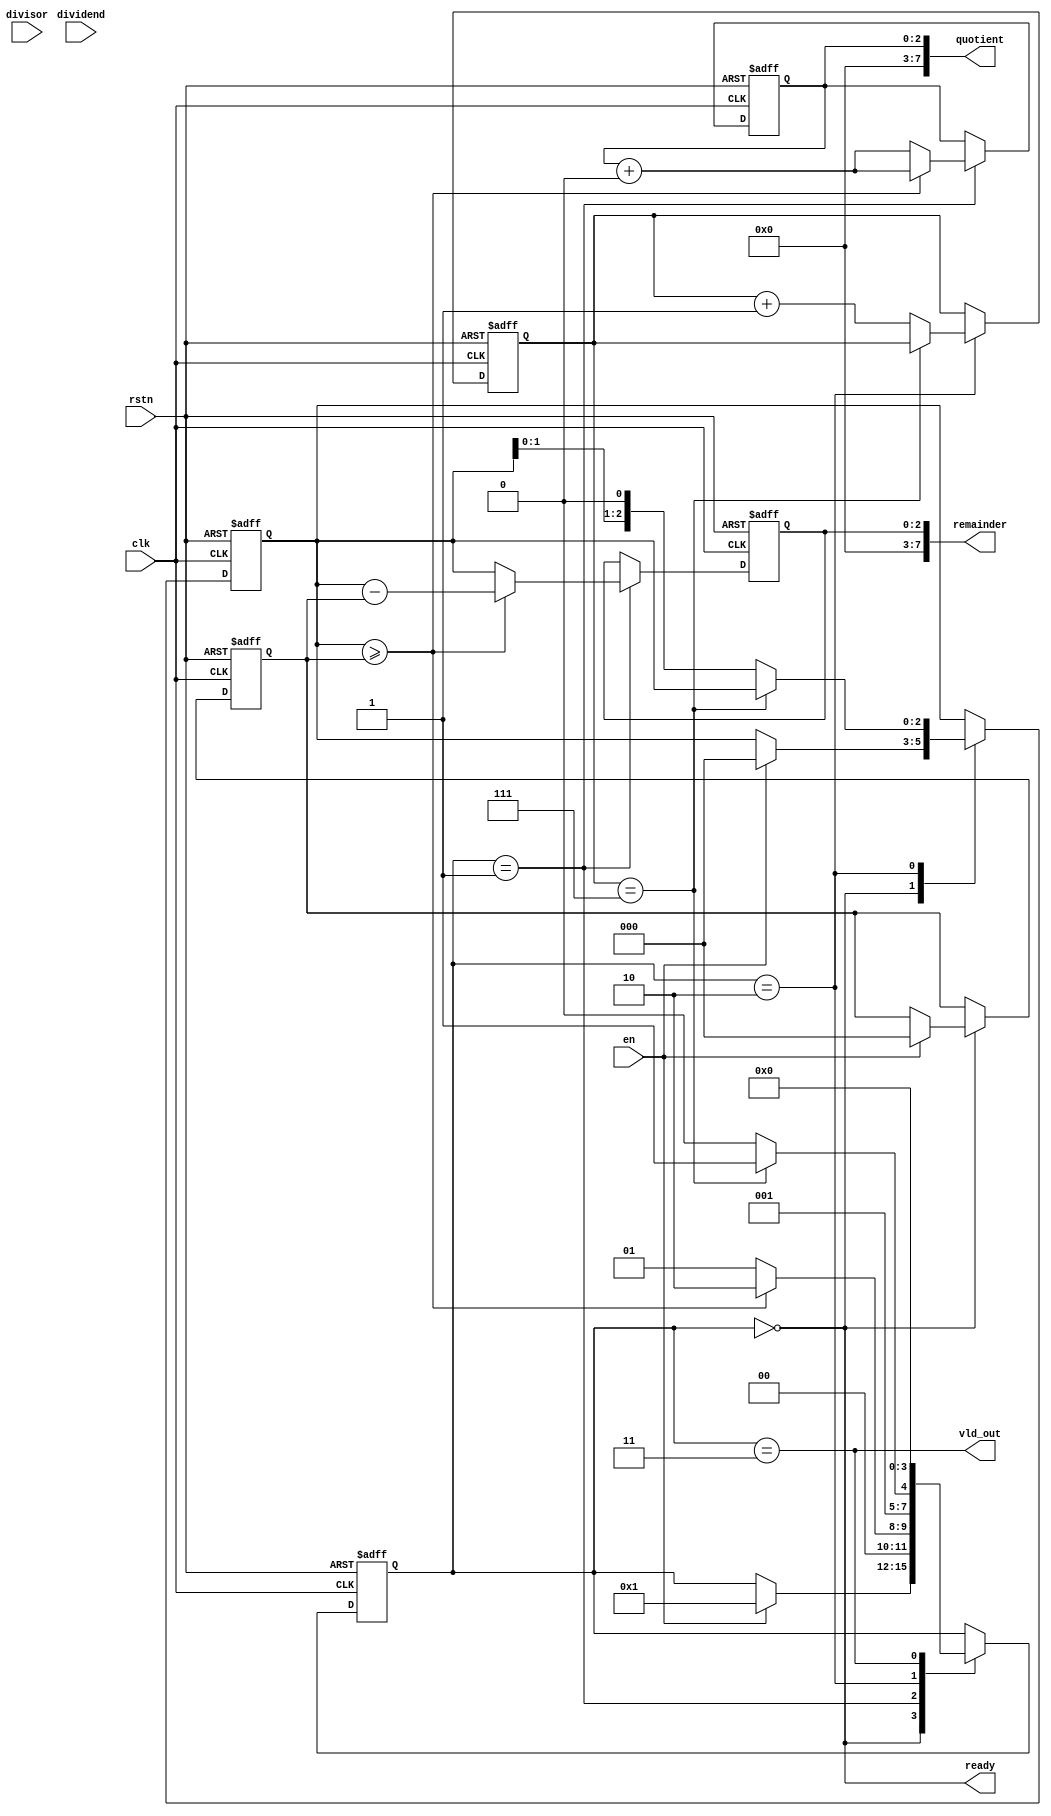
module radix2_div #(
  parameter DATAWIDTH = 8
)(
  input wire clk,
  input wire rstn,
  input wire en,
  input wire [DATAWIDTH-1:0] dividend,
  input wire [DATAWIDTH-1:0] divisor,
  output wire ready,
  output wire [DATAWIDTH-1:0] quotient,
  output wire [DATAWIDTH-1:0] remainder,
  output wire vld_out
);

  localparam LOG2_DATAWIDTH = $clog2(DATAWIDTH);
  
  reg [LOG2_DATAWIDTH:0] current_state;
  reg [LOG2_DATAWIDTH-1:0] dividend_e;
  reg [LOG2_DATAWIDTH-1:0] divisor_e;
  reg [LOG2_DATAWIDTH-1:0] quotient_e;
  reg [LOG2_DATAWIDTH-1:0] remainder_e;
  reg [LOG2_DATAWIDTH-1:0] count;
  
  always @(posedge clk or negedge rstn) begin
    if (~rstn) begin
      // Reset condition
      current_state <= 0;
      dividend_e <= 0;
      divisor_e <= 0;
      quotient_e <= 0;
      remainder_e <= 0;
      count <= 0;
    end
    else begin
      // State transition logic
      case (current_state)
        0: begin // IDLE
          if (en) begin
            current_state <= 1; // Transition to SUB state
            dividend_e <= {dividend, {LOG2_DATAWIDTH{1'b0}}}; // Extend dividend
            divisor_e <= {divisor, {LOG2_DATAWIDTH{1'b0}}}; // Extend divisor
          end
        end
        1: begin // SUB
          if (dividend_e >= divisor_e) begin
            current_state <= 2; // Transition to SHIFT state
            quotient_e <= quotient_e + {1'b1, {LOG2_DATAWIDTH{1'b0}}}; // Increment quotient
            remainder_e <= dividend_e - divisor_e; // Calculate remainder
          end
          else begin
            current_state <= 1; // Stay in SUB state
            quotient_e <= quotient_e + {1'b0, {LOG2_DATAWIDTH{1'b0}}}; // Append 0 to quotient
            remainder_e <= dividend_e; // Remainder remains the same
          end
        end
        2: begin // SHIFT
          if (count == (DATAWIDTH - 1)) begin
            current_state <= 3; // Transition to DONE state
          end
          else begin
            current_state <= 2; // Stay in SHIFT state
            dividend_e <= dividend_e << 1; // Shift dividend left
            count <= count + 1; // Increment count
          end
        end
        3: begin // DONE
          current_state <= 0; // Transition back to IDLE state
        end
      endcase
    end
  end
  
  assign ready = (current_state == 0);
  assign quotient = quotient_e;
  assign remainder = remainder_e;
  assign vld_out = (current_state == 3);

endmodule